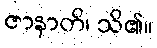
ဇာနာတိ၊ သိ၏။